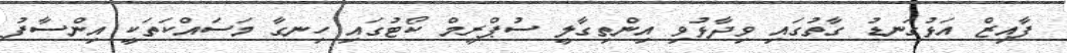
ފާއިޒް އަޅުގަނޑު ގާތުގައި ވިދާޅުވި އިންތިގާލީ ސުޕްރީމް ކޯޓުގައި ހިނގާ މަސައްކަތަކީ އިންސާފު